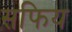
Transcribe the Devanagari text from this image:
सफिय